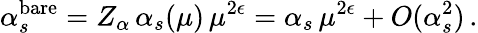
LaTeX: \alpha_{s}^{\mathrm{bare}}=Z_{\alpha}\, \alpha_{s}(\mu)\, \mu^{2\epsilon}=\alpha_{s}\, \mu^{2\epsilon}+O(\alpha_{s}^{2})\, .